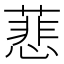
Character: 蕜